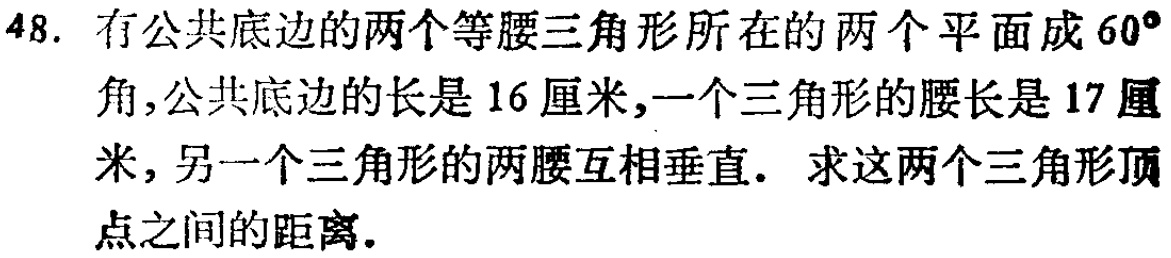
48. 有公共底边的两个等腰三角形所在的两个平面成$60^{\circ}$角,公共底边的长是 16 厘米,一个三角形的腰长是 17 厘米, 另一个三角形的两腰互相垂直. 求这两个三角形顶点之间的距离.